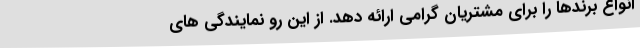
انواع برندها را برای مشتریان گرامی ارائه دهد. از این رو نمایندگی های